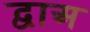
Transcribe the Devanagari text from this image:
द्वाअ